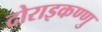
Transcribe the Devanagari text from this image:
दोराइकण्णु